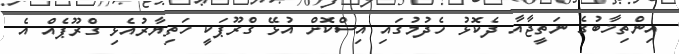
އިންތިޚާބުގެ ނަތީޖާއާ ދެކޮޅު ހެދުމުގައި އިސްކޮށް އުޅޭ ގްރޫޕަކީ ހަތިޔާރުއެޅި ގްރޫޕެއް އެ